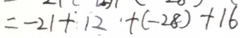
= - 2 1 + 1 2 + ( - 2 8 ) + 1 6